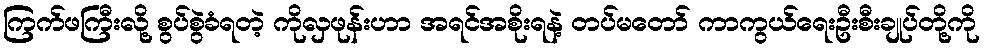
ကြက်ဖကြီးလို့ စွပ်စွဲခံရတဲ့ ကိုလှဖုန်းဟာ အရင်အစိုးရနဲ့ တပ်မတော် ကာကွယ်ရေးဦးစီးချုပ်တို့ကို